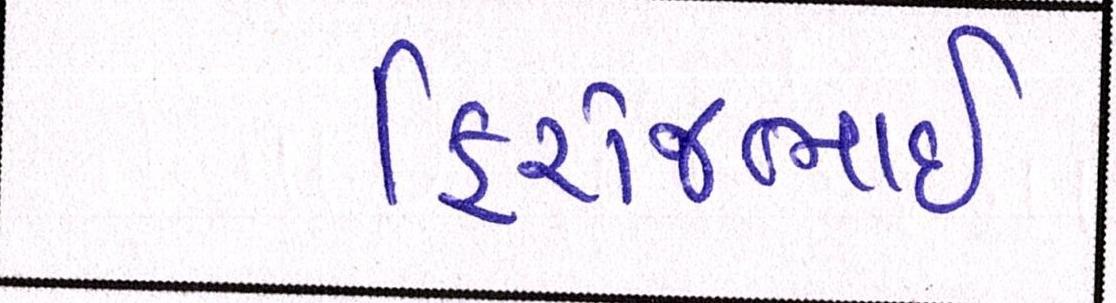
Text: ફિરોજભાઇ